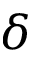
\delta